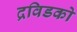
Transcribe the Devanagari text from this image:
द्रविडको